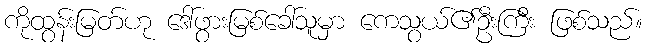
ကိုထွန်းမြတ်ဟု ဒေါ်ဖွားမြစ်ခေါ်သူမှာ ကေသွယ်၏ဦးကြီး ဖြစ်သည်။